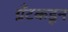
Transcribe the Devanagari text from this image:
ग्रँटकडून